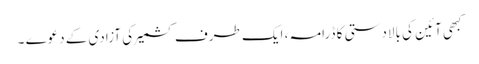
کبھی آئین کی بالادستی کا ڈرامہ ، ایک طرف کشمیر کی آزادی کے دعوے ۔